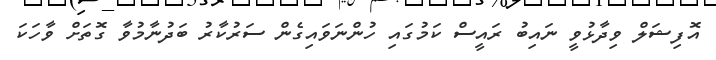
އޮފިޝަލް ވިދާޅުވީ ނައިބު ރައީސް ކަމުގައި ހުންނަވައިގެން ސަރުކާރު ބަދުނާމުވާ ގޮތަށް ވާހަކަ